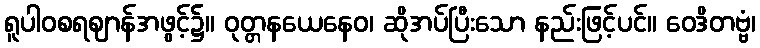
ရူပါဝစရဈာန်အဖွင့်၌။ ဝုတ္တနယေနေဝ၊ ဆိုအပ်ပြီးသော နည်းဖြင့်ပင်။ ဝေဒိတဗ္ဗံ၊